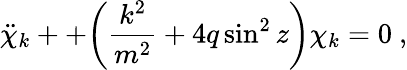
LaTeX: \ddot{\chi}_{k}++{\left({\frac{k^{2}}{m^{2}}}+4q\sin^{2}z\right)}\chi_{k}=0\ ,